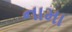
નામા